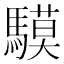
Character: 䮬